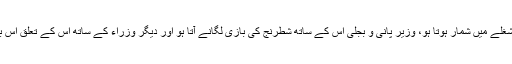
سٹیٹ بینک آف پاکستان کے سربراہ کے ساتھ شکار کھیلنا اُس کے پسندیدہ مشغلے میں شمار ہوتا ہو، وزیر پانی و بجلی اُس کے ساتھ شطرنج کی بازی لگانے آتا ہو اور دیگر وزراء کے ساتھ اِس کے تعلق اِس بنیاد پر کچھ مخدوش ہو چلے ہوں کہ یہ مہان لوگ اُن کو وقت نہیں دے پاتے۔